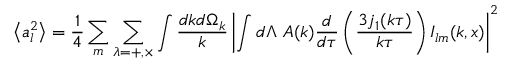
\left\langle a _ { l } ^ { 2 } \right\rangle = { \frac { 1 } { 4 } } \sum _ { m } \sum _ { \lambda = + , \times } \int { \frac { d k d \Omega _ { k } } { k } } \left| \int d \Lambda \ A ( k ) { \frac { d } { d \tau } } \left( { \frac { 3 j _ { 1 } ( k \tau ) } { k \tau } } \right) I _ { l m } ( k , x ) \right| ^ { 2 }